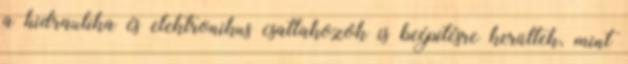
a hidraulika és elektronikus csatlakozók is beépítésre kerültek, mint